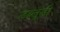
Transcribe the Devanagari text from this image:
डब्लूडी